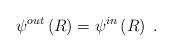
LaTeX: \begin{align*}\psi ^{out}\left( R\right) =\psi ^{in}\left( R\right) \;. \end{align*}